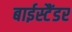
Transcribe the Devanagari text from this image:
बाईस्टैंडर